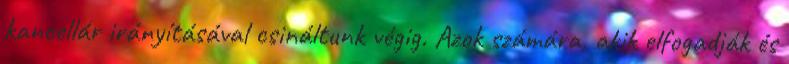
kancellár irányításával csináltunk végig. Azok számára, akik elfogadják és